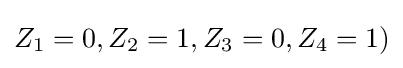
Z_{1}=0,Z_{2}=1,Z_{3}=0,Z_{4}=1)